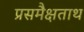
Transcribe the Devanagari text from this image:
प्रसमैक्षताथ